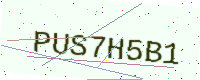
Text: PUS7H5B1